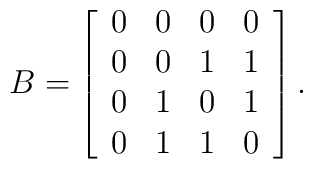
B = \left[\begin{array}{cccc} 0 & 0 & 0 & 0   \\ 0 & 0 & 1 & 1  \\ 0 & 1 & 0 & 1   \\ 0 & 1 & 1 & 0   \\\end{array}\right].